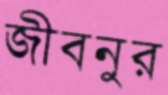
জীবনুর